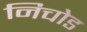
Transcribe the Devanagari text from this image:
निचोड